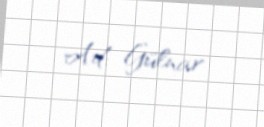
Ad: Gülnar